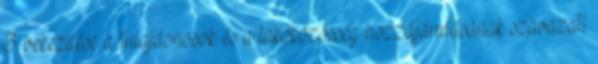
3 bekezdése a tulajdonosok és a lakóközösség hozzájárulásának szavazati